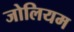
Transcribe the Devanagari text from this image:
जोलियम